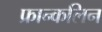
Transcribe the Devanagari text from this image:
फ्रान्कलिन